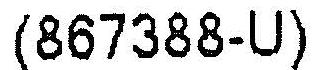
(867388-U)